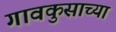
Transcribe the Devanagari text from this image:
गावकुसाच्या